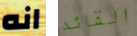
انه القائد